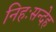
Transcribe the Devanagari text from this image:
निहःसन्देह